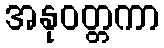
အနုဝတ္တကာ